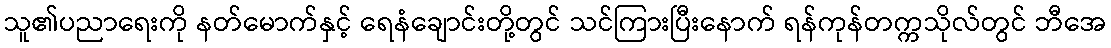
သူ၏ပညာရေးကို နတ်မောက်နှင့် ရေနံချောင်းတို့တွင် သင်ကြားပြီးနောက် ရန်ကုန်တက္ကသိုလ်တွင် ဘီအေ